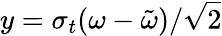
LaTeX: y=\sigma_{t}(\omega-\tilde{\omega})/\sqrt{2}